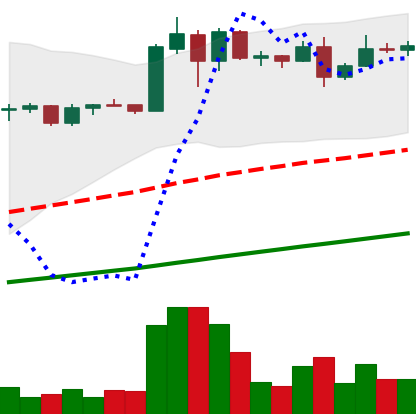
Ticker: ADA-USD
Chart end date: 2020-08-06
Forward return: -4.59%
Label: down_3_5